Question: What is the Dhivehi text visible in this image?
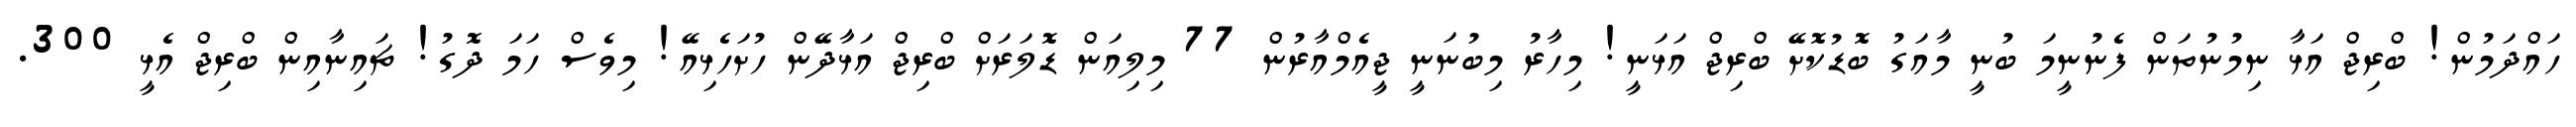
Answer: ހައްދަމުން! ބްރިޖް އަޅާ ނިމުނުތަން ފެނުނީމަ ބުނީ މާއަގު ބޮޑުކޮށޭ ބްރިޖް އަޅަނީ! މިހާރު މިބުނަނީ ޖީއެމްއާރުން 77 މިލިއަން ޑޮލަރަށް ބްރިޖް އަޅާދޭން ހުށަހެޅިއޭ! މިވެސް ހަމަ ދޮގު! ޗައިނާއިން ބްރިޖް އެޅީ 300.